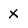
Character: X